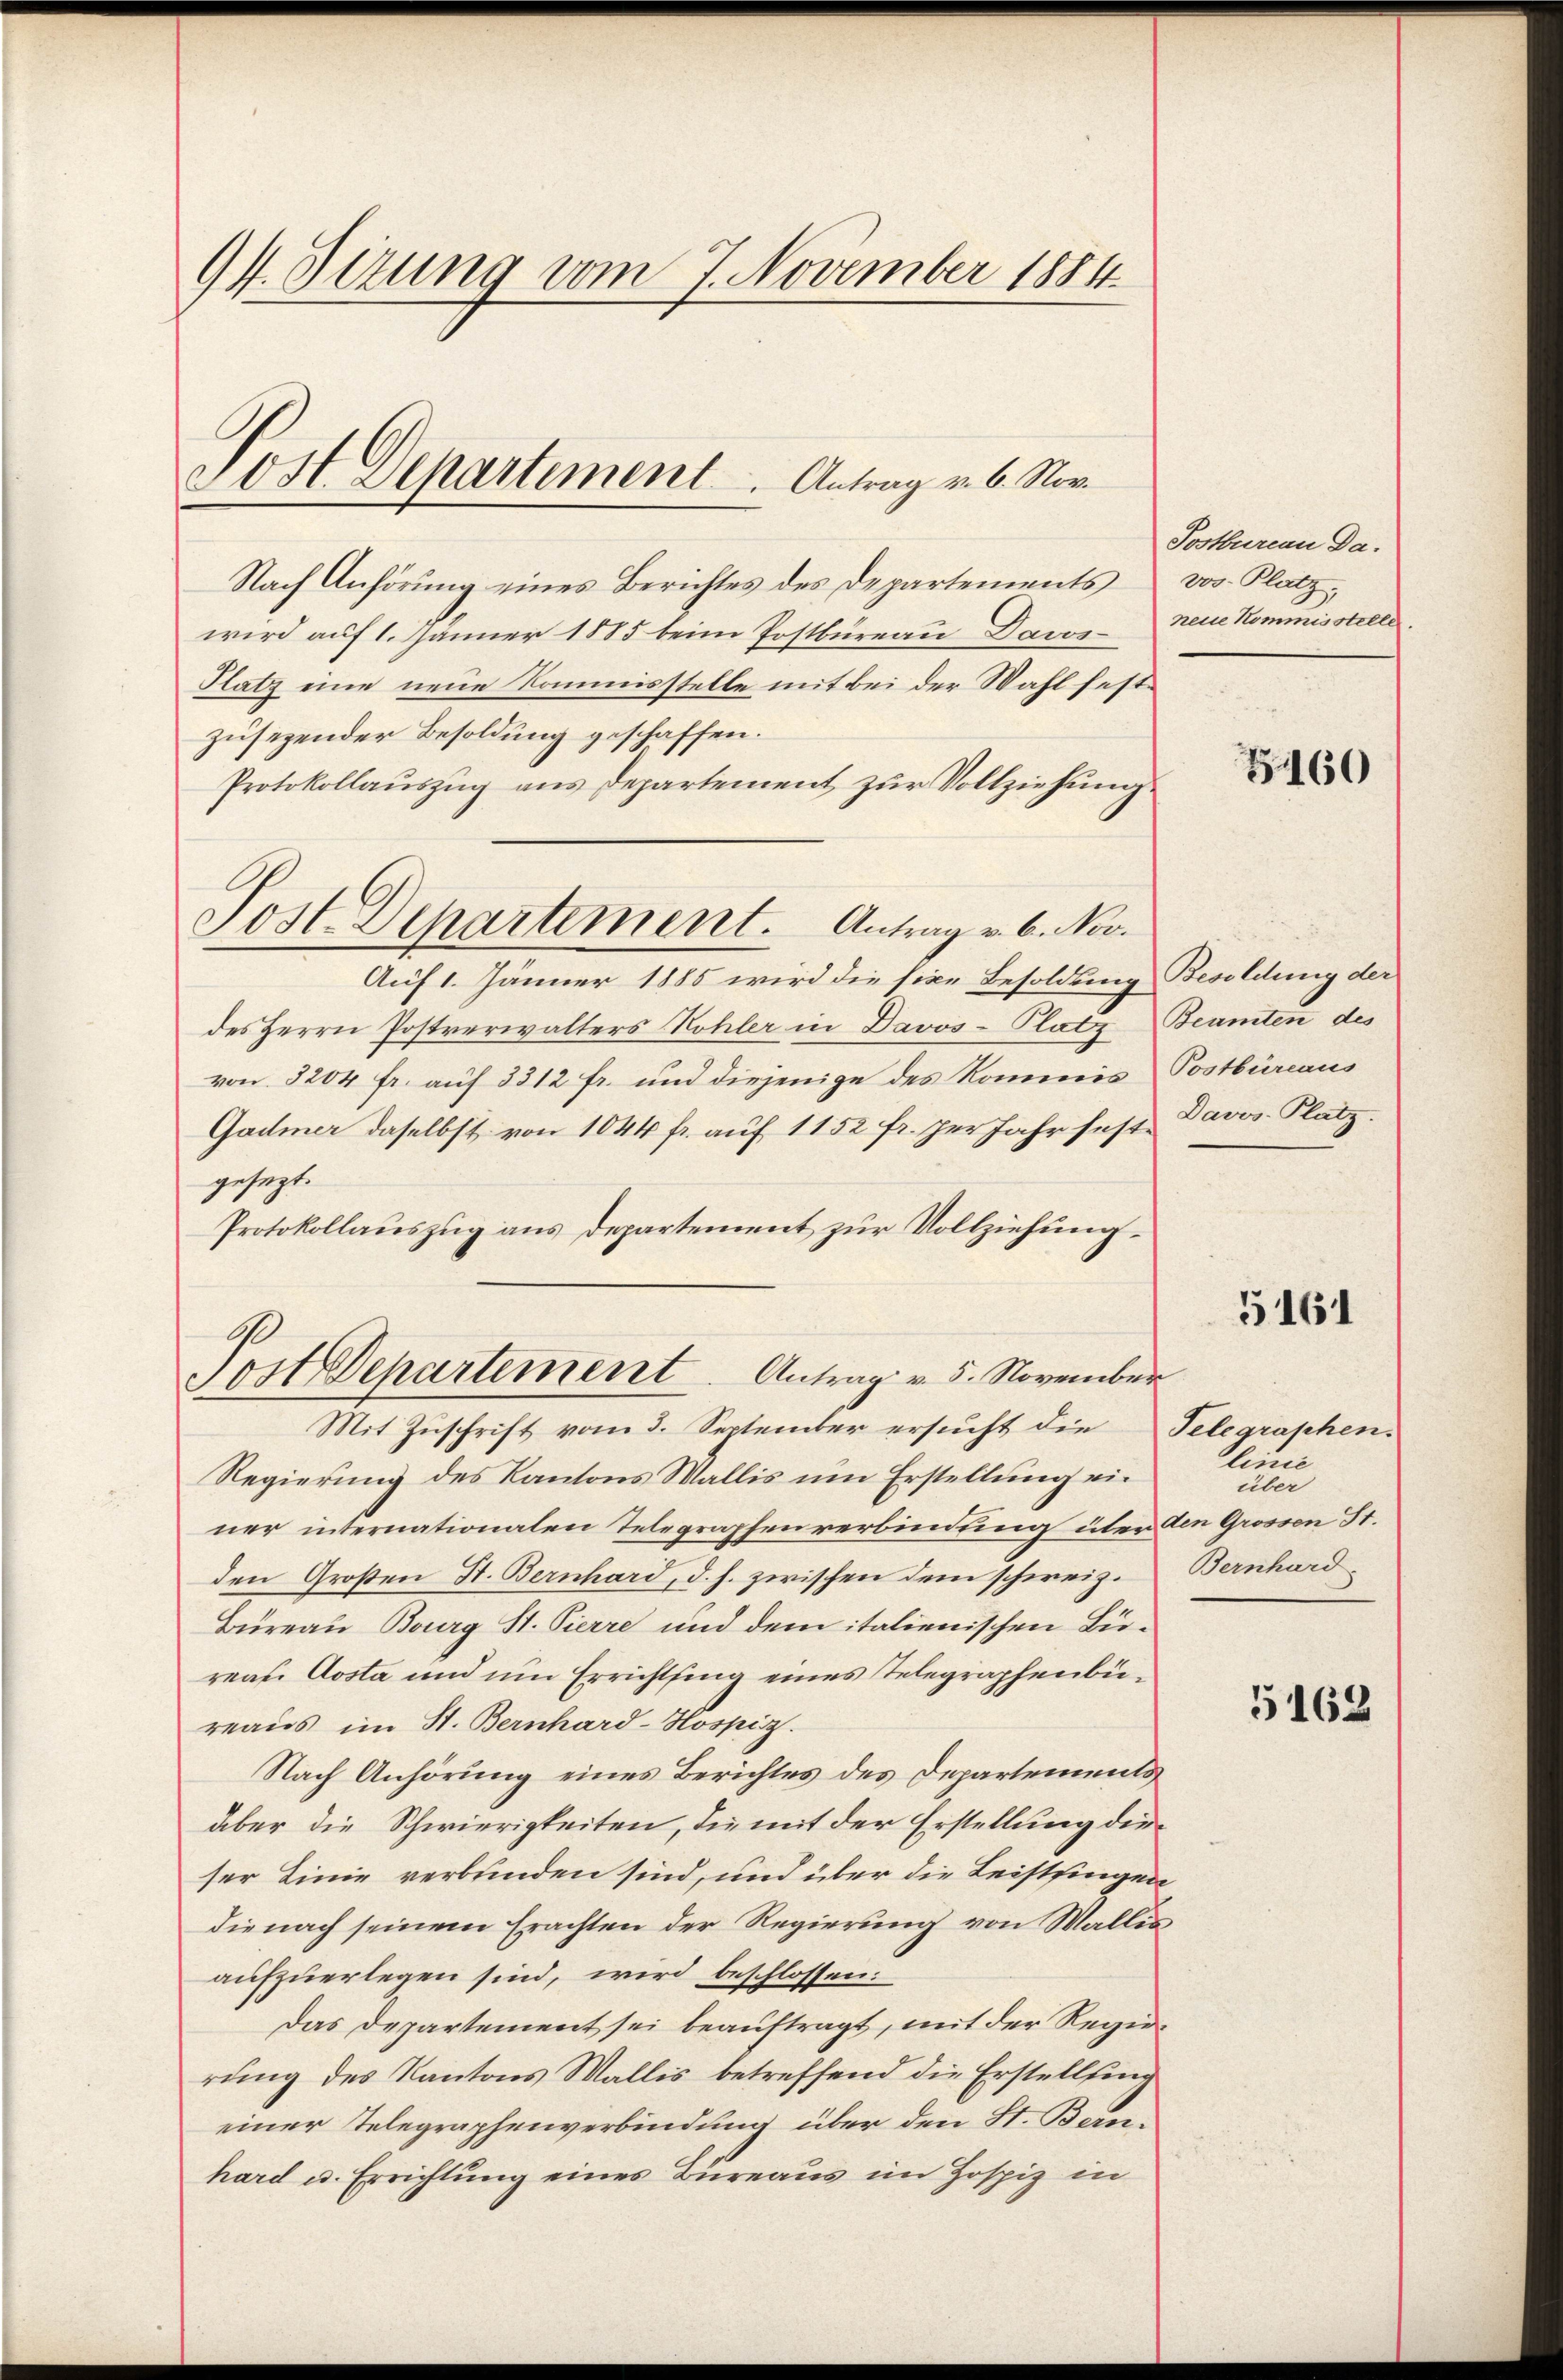
94. Sitzung vom 7. November 1884

Post Departement  ..  Antrag v. 6. Nor

Post Departement. Antrag v. 6. Nov.

Nach Anhörung eines Berichtes des Departements
wird auf 1. Jänner 1885 beim Postbüreau Dawi¬
Platz eine neue Kommisstelle mit bei der Wahl festzusegender Besoldung geschaffen.
Protokollauszug aus Departement zur Vollziehung
Auf 1. Jänner 1885 wird die sixe Besoldung Besoldung der
des Herrn Postverwalters Kohler in Davos- Platz Beamten des
von 3204 fr. auf 3312 fr. und diejenige des Kommis Postbüreaus
Gadmer daselbst von 1044 fr. auf 1152 fr. per Jahr festgesezt.
Protokollauszug aus Departement zur Vollziehung
Post Departement. Antrag v. 5. November
Mit Zuschrift vom 3. September ersucht die Telegraschen.
Regierung des Kantons Wallis um Erstellung einer internationalen Telegraphenverbindung über den Grossen St.
den Großen St. Bernhard, d. h. zwischen dem schweiz.
Büreau Bourg St. Pierre und dem italienischen Büreas Aosta und um Errichtsing eines Telegraphenbüreaus im St. Bernhard-Hospiz.
Nach Anhörung eines Berichtes des Departements
aber die Schwierigkeiten, die mit der Erstellung dieser Linie verbunden sind, und über die Leistsingen
die nach seinem Erachten der Regierung von Wallis
aufzuerlegen sind, wird beschlossen:
Das Departement sei beauftragt, mit der Regierung des Kantons Wallis betreffend die Erstellung
einer Telegraphenverbindung über den St. Banhard u. Errichtung eines Büreaus im Hospiz in

Postbureau Davos- Platz.
neue Kommisstelle

3460

Davos- Platz.

5161

Plinie
über
Bernhard

5162